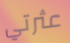
عثرتي